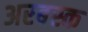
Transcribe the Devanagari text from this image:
अरबस्क